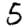
Digit: 5